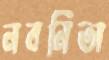
নবনিতা